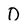
Character: 0